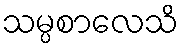
သမ္ပစာလေသိ